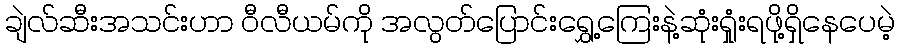
ချဲလ်ဆီးအသင်းဟာ ဝီလီယမ်ကို အလွတ်ပြောင်းရွှေ့ကြေးနဲ့ဆုံးရှုံးရဖို့ရှိနေပေမဲ့